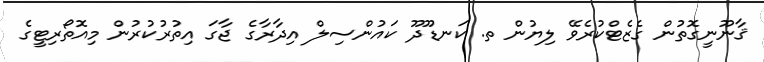
ޤާނޫނީގޮތުން ގެޒެޓްކުރެވޭ ލިޔުން ތ. ކަނޑޫދޫ ކައުންސިލް އިދާރާގެ ޖާގަ އިތުރުކުރުން މިއޮތޯރިޓީގެ